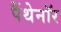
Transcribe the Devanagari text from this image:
पैंथेनॉर